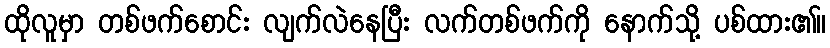
ထိုလူမှာ တစ်ဖက်စောင်း လျက်လဲနေပြီး လက်တစ်ဖက်ကို နောက်သို့ ပစ်ထား၏။